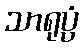
သာရုပ္ပံ